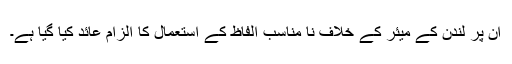
ان پر لندن کے میئر کے خلاف نا مناسب الفاظ کے استعمال کا الزام عائد کیا گیا ہے۔